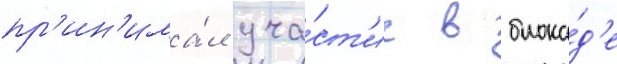
пр'ин'има́л уча́ст'ие в блока́д'е